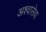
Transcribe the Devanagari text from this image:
अश्वासेवा